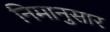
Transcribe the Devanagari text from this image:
निमानुसार